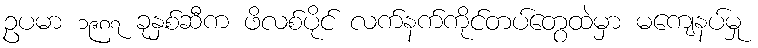
ဥပမာ ၁၉၈၇ ခုနှစ်ဆီက ဖိလစ်ပိုင် လက်နက်ကိုင်တပ်တွေထဲမှာ မကျေနပ်မှု